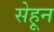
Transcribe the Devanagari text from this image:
सेहून